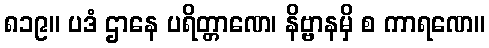
၈၁၉။ ပဒံ ဌာနေ ပရိတ္တာဏေ၊ နိဗ္ဗာနမှိ စ ကာရဏေ။